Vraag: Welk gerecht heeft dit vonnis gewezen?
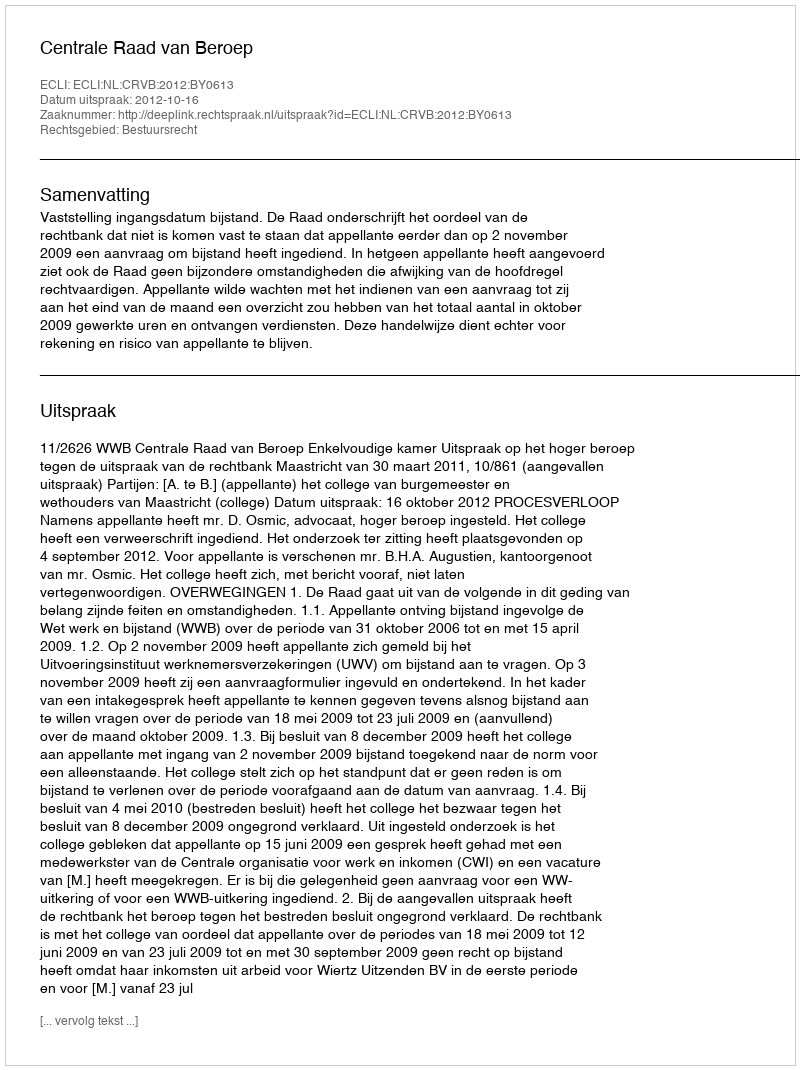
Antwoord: Centrale Raad van Beroep